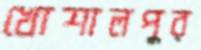
খোশালপুর